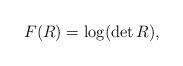
LaTeX: \begin{align*}F(R)= \log (\det R ),\end{align*}